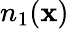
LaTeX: n_{1}(\mathbf{x})